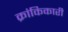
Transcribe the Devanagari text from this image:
क्रांकिकारी